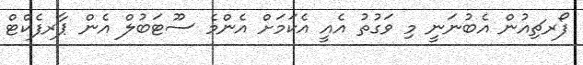
ފޯރޗިއުން އެބުނަނީ މި ވަގުތު އެއީ އެކަމަށް އެންމެ ސޫޓަބުލް އެން ޕާރފެކްޓް